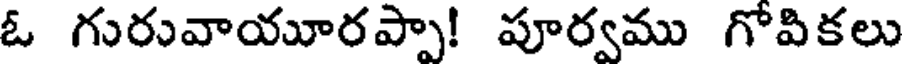
ఓ గురువాయూరప్పా! పూర్వము గోవికలు